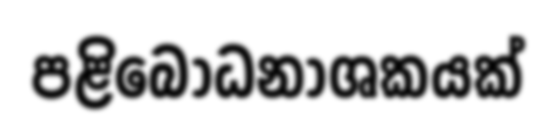
පළිබෝධනාශකයක්